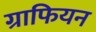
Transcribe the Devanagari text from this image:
ग्राफियन